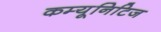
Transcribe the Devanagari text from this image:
कम्यूनिटिज